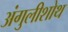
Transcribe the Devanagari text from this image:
अंगुलीशोथ